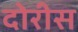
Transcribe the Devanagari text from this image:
दोरीस